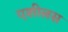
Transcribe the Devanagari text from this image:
एशीलस